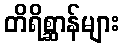
တိရိစ္ဆာန်များ